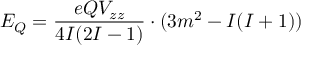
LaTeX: E _ { Q } = { \frac { e Q V _ { z z } } { 4 I ( 2 I - 1 ) } } \cdot ( 3 m ^ { 2 } - I ( I + 1 ) )